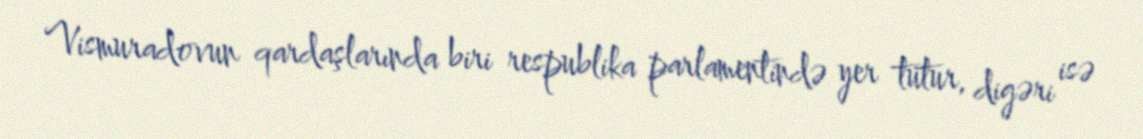
Vismuradovun qardaşlarında biri respublika parlamentində yer tutur, digəri isə